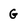
Character: G